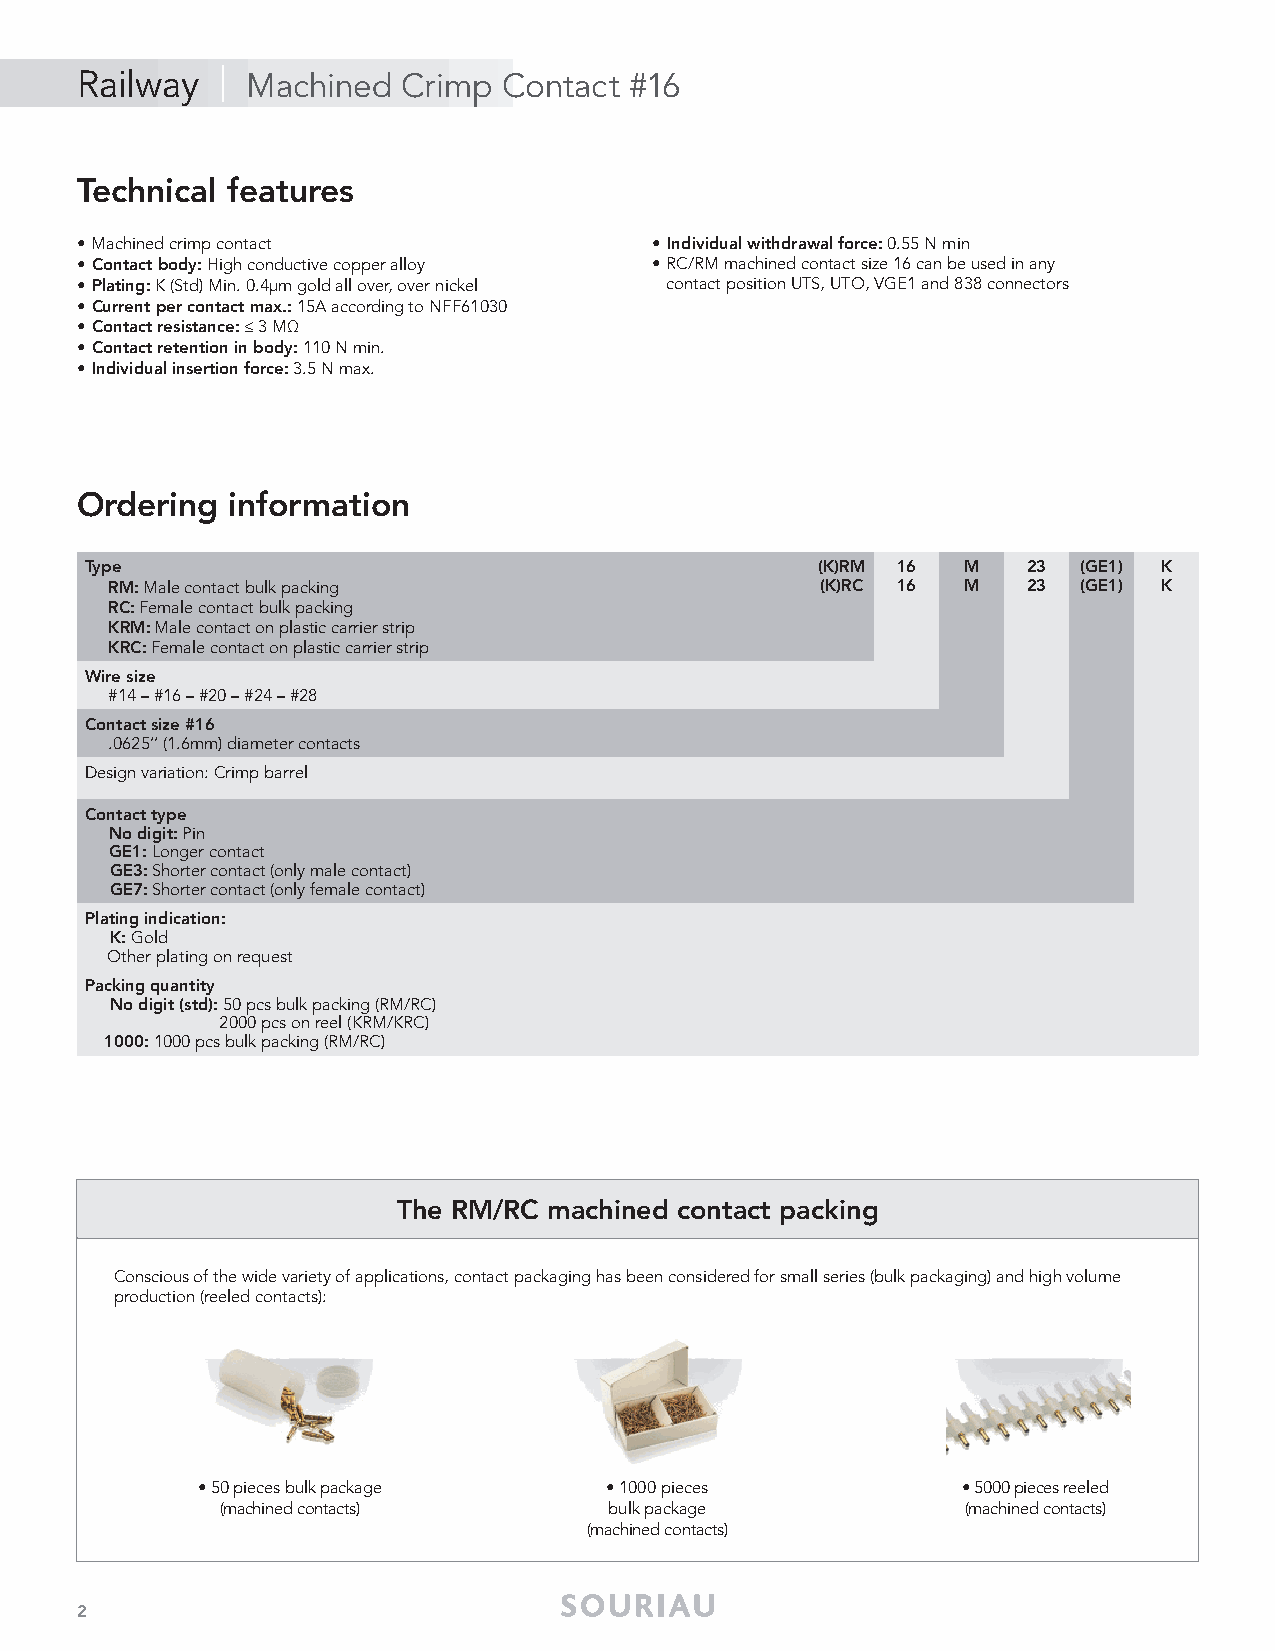
Railway   | Machined  Crimp Contact  #16
 Technical features
 • Machined crimp contact              • Individual withdrawal force: 0.55 N min
 • Contact body: High conductive copper alloy • RC/RM machined contact size 16 can be used in any
 • Plating: K (Std) Min. 0.4μm gold all over, over nickel contact position UTS, UTO, VGE1 and 838 connectors
 • Current per contact max.: 15A according to NFF61030
 • Contact resistance: ≤ 3 MΩ
 • Contact retention in body: 110 N min.
 • Individual insertion force: 3.5 N max.
 Ordering  information
 Type                                            (K)RM 16  M   23 (GE1) K
 RM: Male contact bulk packing                  (K)RC 16  M   23 (GE1) K
 RC: Female contact bulk packing
 KRM: Male contact on plastic carrier strip
 KRC: Female contact on plastic carrier strip
 Wire size
 #14 – #16 – #20 – #24 – #28
 Contact size #16
 .0625’’ (1.6mm) diameter contacts
 Design variation: Crimp barrel
 Contact type
 No digit: Pin
 GE1: Longer contact
 GE3: Shorter contact (only male contact)
 GE7: Shorter contact (only female contact)
 Plating indication:
 K: Gold
 Other plating on request
 Packing quantity
 No digit (std): 50 pcs bulk packing (RM/RC)
 2000 pcs on reel (KRM/KRC)
 1000: 1000 pcs bulk packing (RM/RC)
 The RM/RC machined contact packing
 Conscious of the wide variety of applications, contact packaging has been considered for small series (bulk packaging) and high volume
 production (reeled contacts):
 • 50 pieces bulk package   • 1000 pieces           • 5000 pieces reeled
 (machined contacts)      bulk package            (machined contacts)
 (machined contacts)
 2